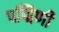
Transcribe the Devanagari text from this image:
पद्मिणी